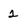
Character: 2